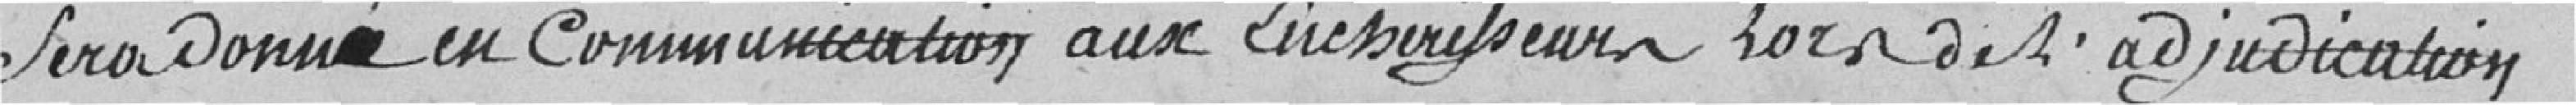
Sera donné en Communication lors de l'adjudication .